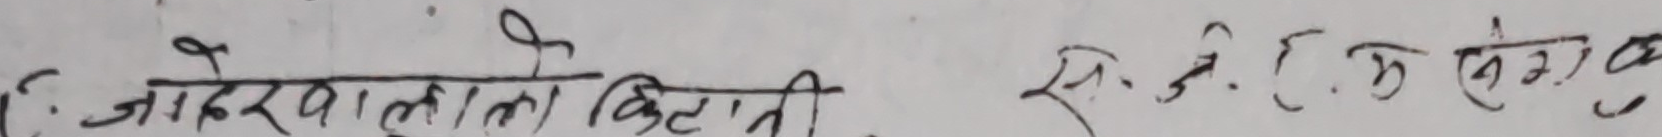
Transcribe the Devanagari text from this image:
जाहेरवालाको किटि स. ने. के संगक